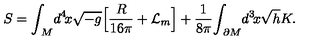
S = { \int } _ { \! \! M } d ^ { 4 } \! x \sqrt { - g } \Big [ { \frac { R } { 1 6 \pi } } + { \cal L } _ { m } \Big ] + \frac { 1 } { 8 { \pi } } { \int } _ { \! \! \partial M } d ^ { 3 } \! x \sqrt { h } K .